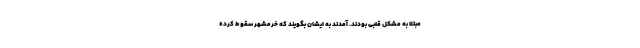
مبتلا به مشکل قلبی بودند. آمدند به ایشان بگویند که خرمشهر سقوط کرده